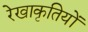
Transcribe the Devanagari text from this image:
रेखाकृतियों